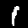
Label: 1